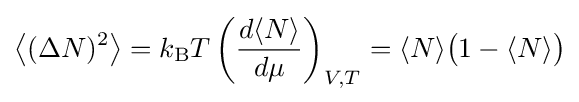
{\big \langle }(\Delta N)^{2}{\big \rangle }=k_{\rm {B}}T\left({\frac {d\langle N\rangle }{d\mu }}\right)_{V,T}=\langle N\rangle {\big (}1-\langle N\rangle {\big )}